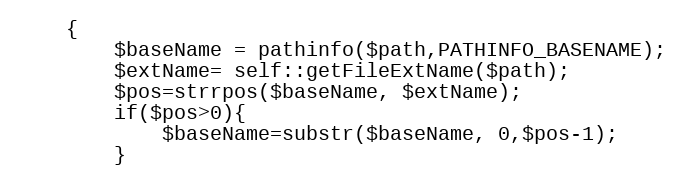
Language: PHP
    {
        $baseName = pathinfo($path,PATHINFO_BASENAME);
        $extName= self::getFileExtName($path);
        $pos=strrpos($baseName, $extName);
        if($pos>0){
            $baseName=substr($baseName, 0,$pos-1);
        }